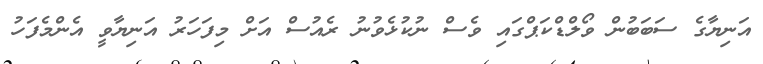
އަނިޔާގެ ސަބަބުން ވޯލްޑްކަޕްގައި ވެސް ނުކުޅެވުނު ރެއުސް އަށް މިފަހަރު އަނިޔާވީ އެންމެފަހު